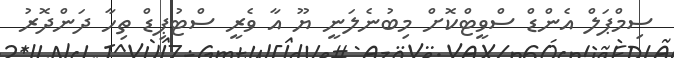
ސިމްޕަލް އެންޑް ސްވީޓްކޮށް މިބުނެލަނީ ޔޫ އާ ވެރީ ސްޓުޕިޑް ތިހާ ދަންދޮރު